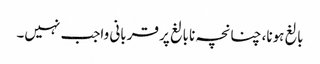
بالغ ہونا، چنانچہ نابالغ پر قربانی واجب نہیں۔